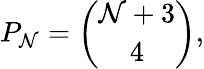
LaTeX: P_{\mathcal{N}}={\binom{\mathcal{N}+3}{4}},